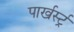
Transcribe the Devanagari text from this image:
पार्खर्स्ट्र